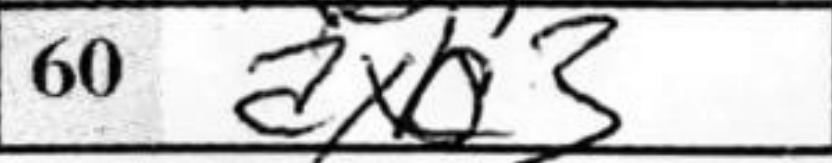
Transcription: axb3